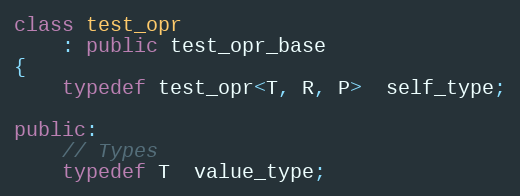
Language: C++
class test_opr
    : public test_opr_base
{
    typedef test_opr<T, R, P>  self_type;

public:
    // Types
    typedef T  value_type;